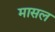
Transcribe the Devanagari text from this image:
मासल